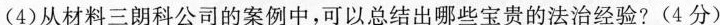
(4)从材料三朗科公司的案例中，可以总结出哪些宝贵的法治经验?(4分）